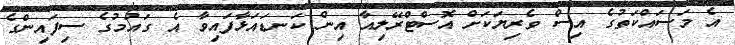
އެ މަސައްކަތުގެ އިސް ވެރިޔަކަށް އޮސްޓްރޭލިއާ އިން ކަނޑައަޅާފައިވާ އެ ގައުމުގެ ސިފައިންގެ